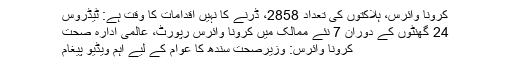
کرونا وائرس، ہلاکتوں کی تعداد 2858، ڈرنے کا نہیں اقدامات کا وقت ہے: ٹیڈروس
24 گھنٹوں کے دوران 7 نئے ممالک میں کرونا وائرس رپورٹ، عالمی ادارہ صحت
کرونا وائرس: وزیرصحت سندھ کا عوام کے لیے اہم ویڈیو پیغام